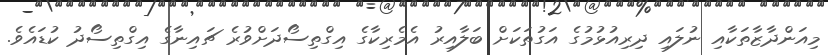
މިއަންދާޒާތަކާއި ނުލައި ދިރިއުޅުމުގެ އަގުތަކަށް ބަލާއިރު އެމެރިކާގެ އިގްތިސޯދަށްވުރެ ޗައިނާގެ އިގްތިސޯދު ކުޑައެވެ.